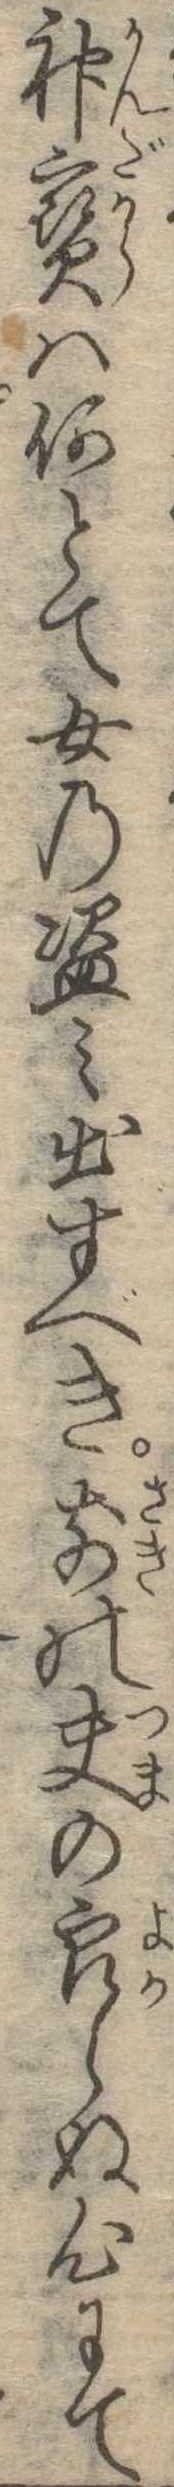
神宝は何とて女の盗み出すべき前の夫の良らぬ心にて